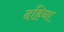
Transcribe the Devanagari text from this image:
दहिना